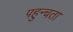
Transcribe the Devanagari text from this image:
पहुन्चता